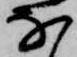
な